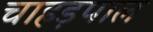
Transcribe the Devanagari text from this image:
चाहड़पाल